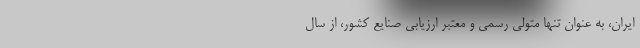
ایران، به‌ عنوان تنها متولی رسمی و معتبر ارزیابی صنایع کشور، از سال